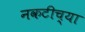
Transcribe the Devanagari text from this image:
नकटीच्या